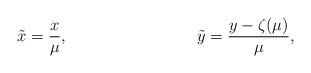
LaTeX: \begin{align*}\tilde{x} &= \frac{x}{\mu}, &\tilde{y} &= \frac{y - \zeta(\mu)}{\mu},\end{align*}